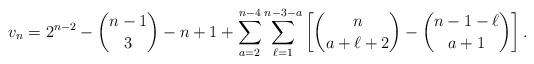
LaTeX: \begin{align*}v_n=2^{n-2}-\binom{n-1}{3}-n+1+\sum_{a=2}^{n-4}\sum_{\ell=1}^{n-3-a}\left[\binom{n}{a+\ell+2}-\binom{n-1-\ell}{a+1}\right].\end{align*}